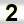
Digit: 2